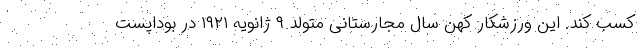
کسب کند. این ورزشکار کهن سال مجارستانی متولد ۹ ژانویه ۱۹۲۱ در بوداپست